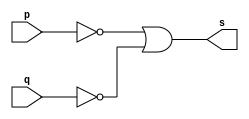
// Exemplo0008 - NAND - Morgan
// Nome: talo Guimares Otoni

module nandgate (output s, input p, input q);

	assign s = ~p | ~q;

endmodule

module testenandgate;

	reg a,b;
	wire s;
	
	nandgate NAND1(s, a, b);
	
	initial begin:start
	
	a=0;
	b=0;
	
	end
	
	initial begin:main
	
	$display("Exemplo0008 - talo Guimares Otoni - 451581");
	$monitor ("%b %b = %b", a, b, s);
	
	#1 a=0; b=1;
	#1 a=1; b=0;
	#1 a=1; b=1;
	end

endmodule